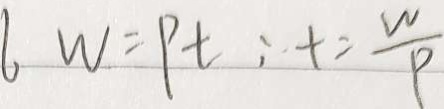
l W = P t : t = \frac { W } { P }